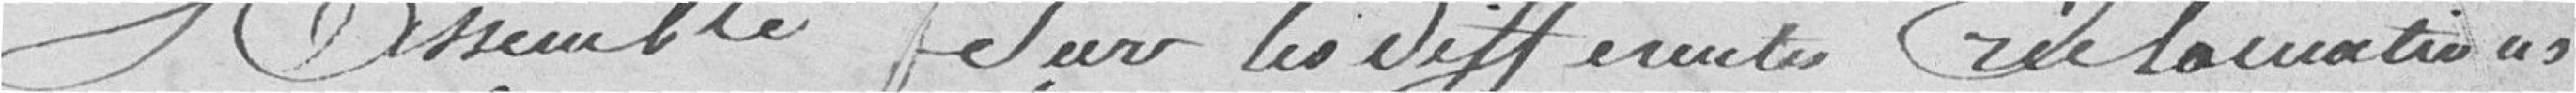
assemblé sur les différentes réclamations